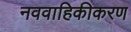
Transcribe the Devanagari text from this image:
नववाहिकीकरण